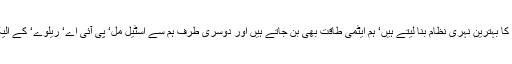
یہ ہم ہی تھے مگر عجیب بات ہے ہم ایک طرف دنیا کا بہترین نہری نظام بنا لیتے ہیں‘ ہم ایٹمی طاقت بھی بن جاتے ہیں اور دوسری طرف ہم سے اسٹیل مل‘ پی آئی اے‘ ریلوے‘ کے الیکٹرک اور اورنج لائین ٹرین نہیں چلتی‘ کیا وجہ ہے؟